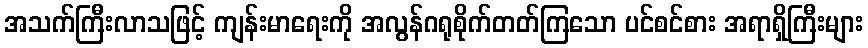
အသက်ကြီးလာသဖြင့် ကျန်းမာရေးကို အလွန်ဂရုစိုက်တတ်ကြသော ပင်စင်စား အရာရှိကြီးများ